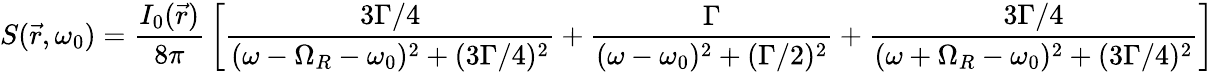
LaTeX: S({\vec{r}},\omega_{0})={\frac{I_{0}({\vec{r}})}{8\pi}}\left[{\frac{3\Gamma/4}{(\omega-\Omega_{R}-\omega_{0})^{2}+(3\Gamma/4)^{2}}}+{\frac{\Gamma}{(\omega-\omega_{0})^{2}+(\Gamma/2)^{2}}}+{\frac{3\Gamma/4}{(\omega+\Omega_{R}-\omega_{0})^{2}+(3\Gamma/4)^{2}}}\right]